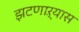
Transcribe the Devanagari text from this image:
झटणाऱ्यास